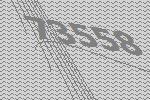
73558